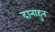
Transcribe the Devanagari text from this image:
दानाहुन